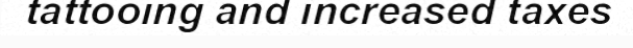
tattooing and increased taxes